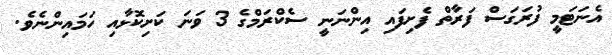
އެނަޓަމީ ފުރަގަސް ފަރާތް ފެށިފައި އިންނަނީ ސެކްރަމްގެ 3 ވަނަ ކަށިކޮޅާއި ހަމައިންނެވެ.